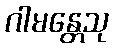
ဂါမန္တေသု